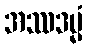
အဿဒမ္မံ